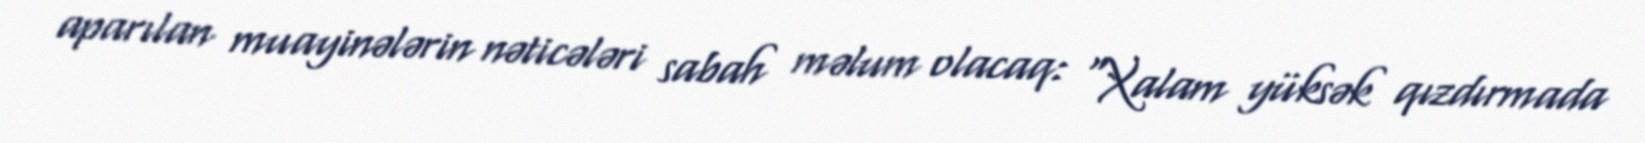
aparılan muayinələrin nəticələri sabah məlum olacaq: "Xalam yüksək qızdırmada